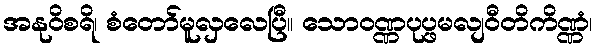
အနုဝိစရိ၊ စံတော်မူလှလေပြီ။ သောဝဏ္ဏပုပ္ဖမလျဝီတိကိဏ္ဏံ၊